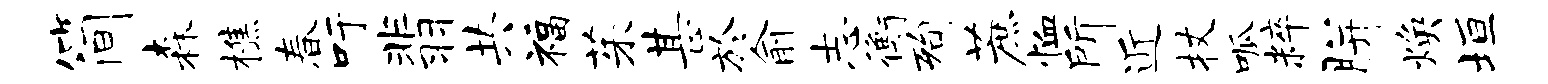
简森樵春吁翡共福茱甚於俞志衡洵蔗恤所近杖呱粹胼焕垣